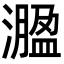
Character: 㵬